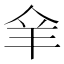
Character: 𦍐